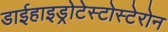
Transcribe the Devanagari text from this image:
डाईहाइड्रोटेस्टोस्टेरोन